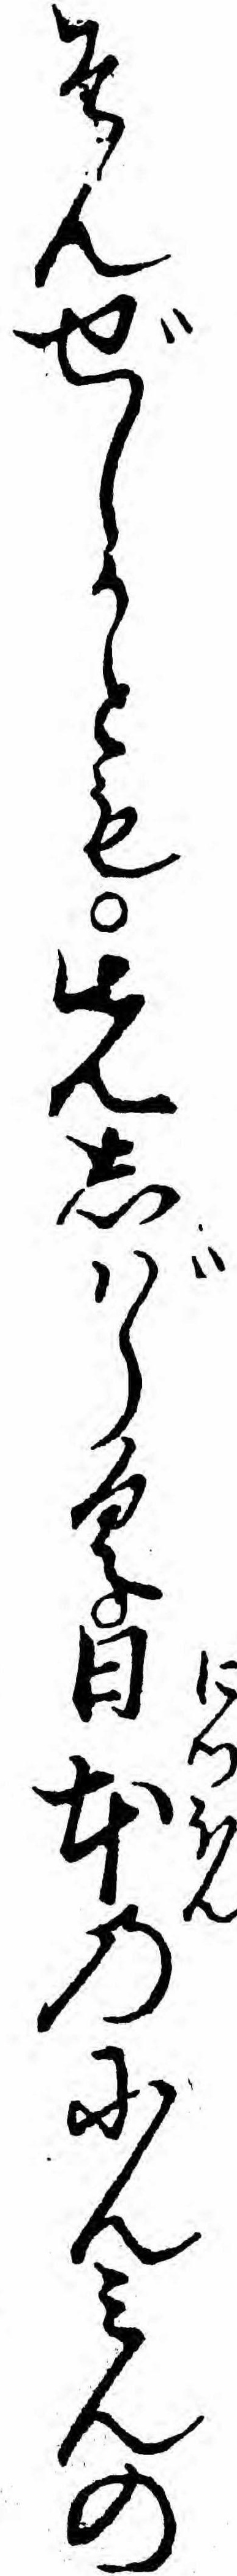
そんぜしかとも先しバらく日本のにんミんの